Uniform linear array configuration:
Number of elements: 24
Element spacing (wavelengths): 0.75
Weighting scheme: hamming
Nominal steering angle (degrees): -15
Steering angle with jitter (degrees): -16.669
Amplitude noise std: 0.05
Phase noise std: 0.05

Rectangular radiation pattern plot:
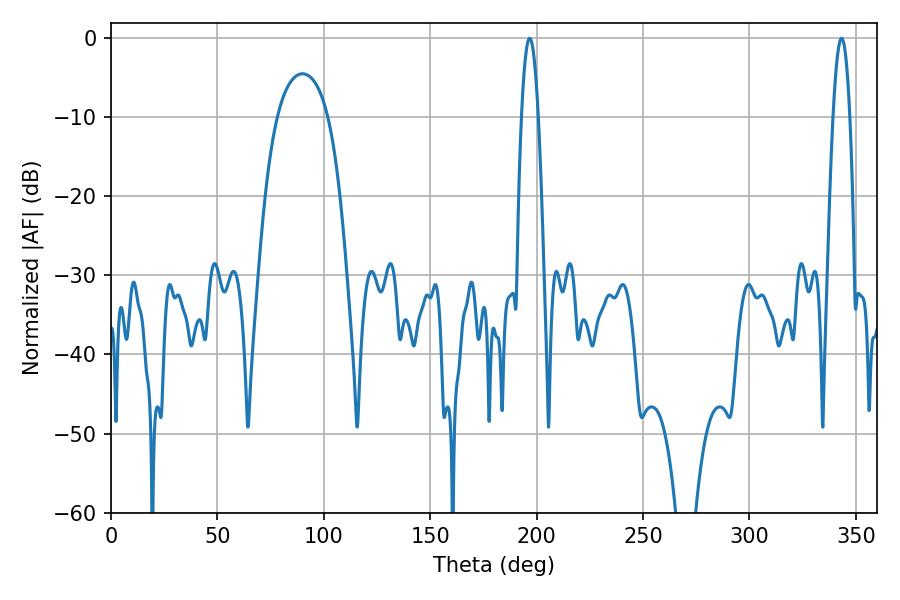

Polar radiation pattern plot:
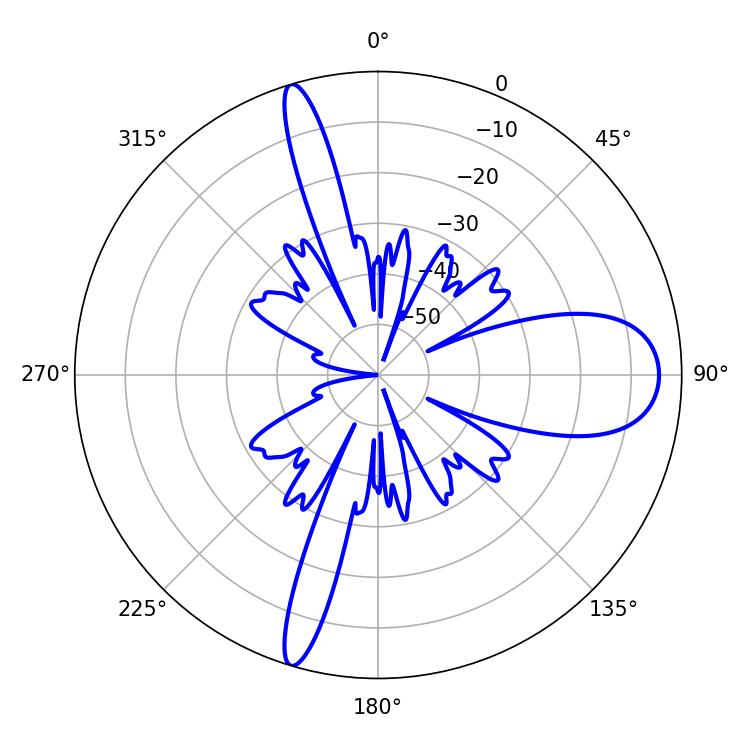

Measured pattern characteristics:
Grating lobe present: TRUE
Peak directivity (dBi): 14.694
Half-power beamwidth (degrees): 4.32
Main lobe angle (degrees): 196.74